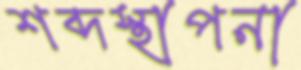
শব্দস্থাপনা